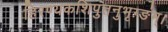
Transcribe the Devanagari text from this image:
हिरण्यकशिपुतनुभृग्ङंम्।